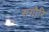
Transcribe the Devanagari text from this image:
सगौरि